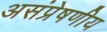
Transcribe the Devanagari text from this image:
असंप्रेषणीय